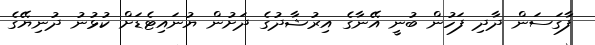
ފާގަސަން ދާދި ފަހުން ބުނީ އޭނާގެ އިރުޝާދުގެ ދަށުން ޔުނައިޓެޑަށް ކުޅުނު ދުނިޔޭގެ